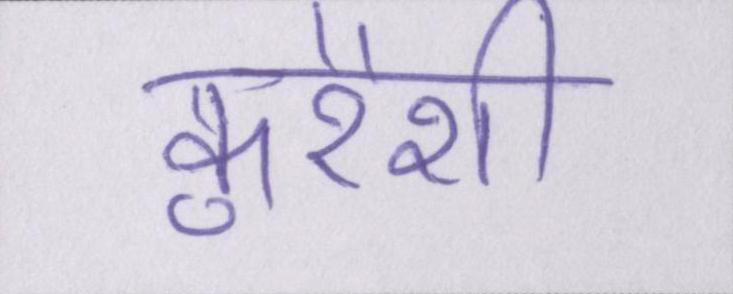
कुरैशी